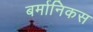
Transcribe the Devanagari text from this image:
बर्मानिकस